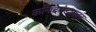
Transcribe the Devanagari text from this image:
कायदेमंडळावर